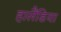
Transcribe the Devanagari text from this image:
हालैंडिया